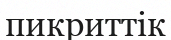
пикриттік